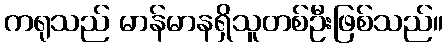
ကရုသည် မာန်မာနရှိသူတစ်ဦးဖြစ်သည်။